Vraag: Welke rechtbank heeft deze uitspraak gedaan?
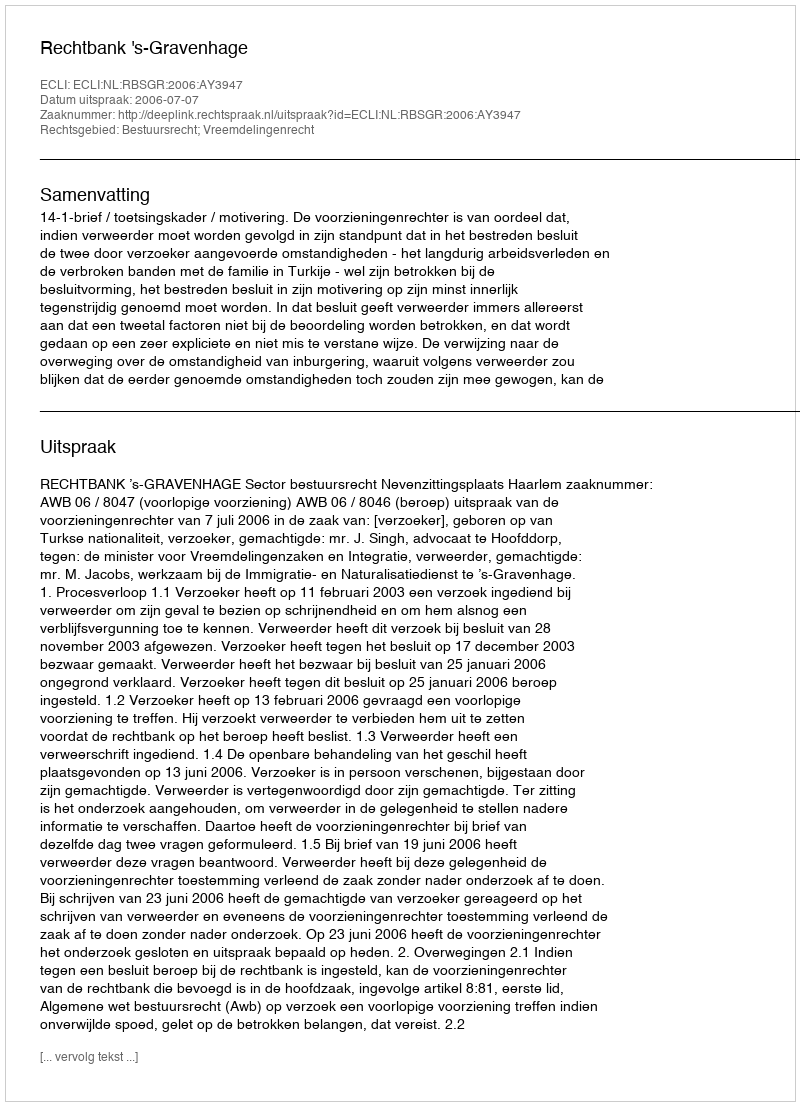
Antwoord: Rechtbank 's-Gravenhage